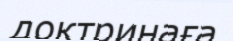
доктринаға